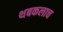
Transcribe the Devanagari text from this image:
थबकलाच